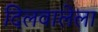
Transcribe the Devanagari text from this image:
दिलवालेला